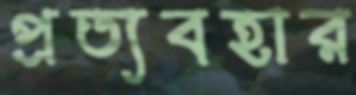
প্রত্যবহার